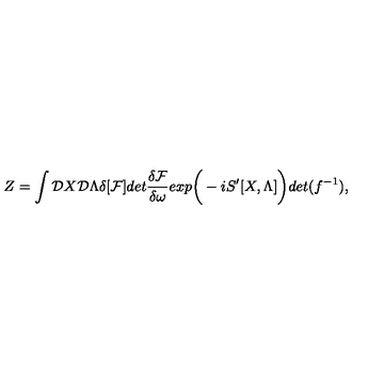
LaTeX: Z = \int { \cal D } X { \cal D } \Lambda \delta [ { \cal F } ] d e t { \frac { \delta { \cal F } } { \delta \omega } } e x p \bigg ( - i S ^ { \prime } [ X , \Lambda ] \bigg ) d e t ( f ^ { - 1 } ) ,